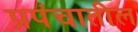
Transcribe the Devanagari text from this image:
प्रपंचातील